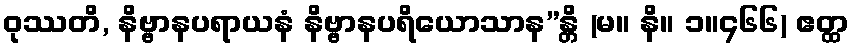
ဝုဿတိ, နိဗ္ဗာနပရာယနံ နိဗ္ဗာနပရိယောသာန”န္တိ (မ။ နိ။ ၁။၄၆၆) ဧတ္ထ